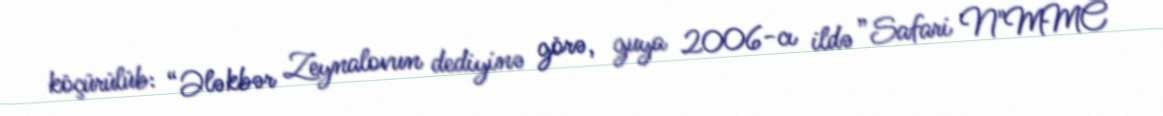
köçürülüb: “Ələkbər Zeynalovun dediyinə görə, guya 2006-cı ildə ”Safari N"MMC